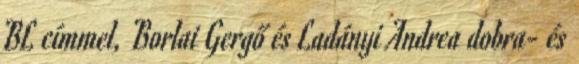
BL címmel, Borlai Gergő és Ladányi Andrea dobra- és